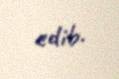
edib.